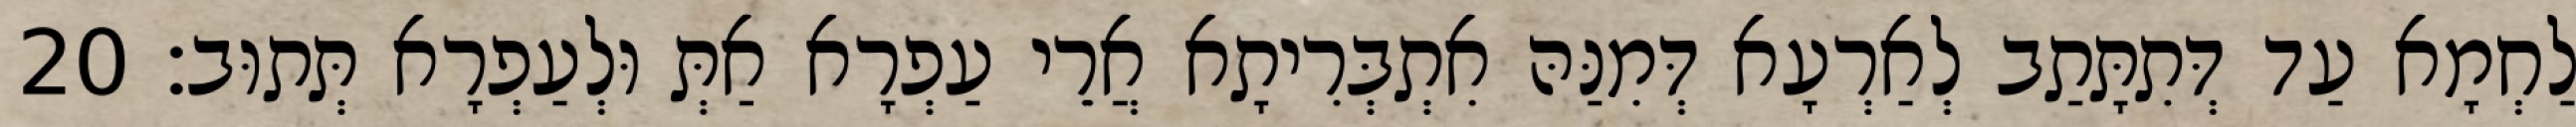
לַחְמָא עַד דְּתִתָּתַב לְאַרְעָא דְּמִנַּהּ אִתְבְּרִיתָא אֲרֵי עַפְרָא אַתְּ וּלְעַפְרָא תְּתוּב׃ 20